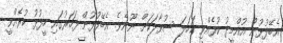
އެބޭފުޅުން އުއްމީދު ކުރެއްވި ކަހަލަ ސުވާލަކަށް ނޫނެވެ. އެބޭފުޅުން ފަހަރުގައި ހީފުޅު ކުރެއްވީ